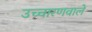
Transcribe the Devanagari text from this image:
उच्चारणवाले